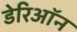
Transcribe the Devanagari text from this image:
डेरिऑन